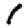
Digit: 1